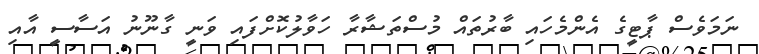
ނަމަވެސް ޕާޓީގެ އެންމެހައި ބާރުތައް މުސްތަޝާރާ ހަވާލުކޮށްފައި ވަނީ ގާނޫނު އަސާސީ އާއި